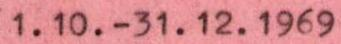
1.10.-31.12.1969